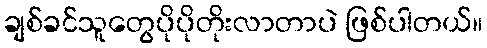
ချစ်ခင်သူတွေပိုပိုတိုးလာတာပဲ ဖြစ်ပါတယ်။